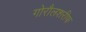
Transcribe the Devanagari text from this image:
गोरौलशरीफ